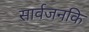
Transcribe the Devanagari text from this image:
सार्वजनकि